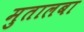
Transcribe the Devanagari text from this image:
मुतालबा